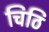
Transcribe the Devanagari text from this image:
चिठि